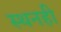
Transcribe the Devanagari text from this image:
स्थनही